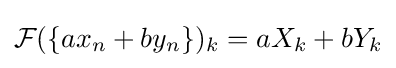
{\mathcal {F}}(\{ax_{n}+by_{n}\})_{k}=aX_{k}+bY_{k}